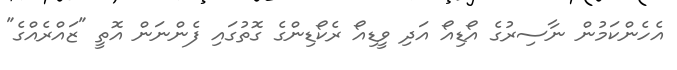
އެހެންކަމުން ނާސިރުގެ އޯޑިއޯ އަދި ވީޑިއޯ ރެކޯޑިންގެ ގޮތުގައި ފެންނަން އޮތީ "ޒައްރެއްގެ"